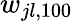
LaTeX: w_{jl,100}